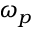
\omega _ { p }